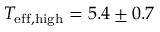
T _ { \mathrm { e f f , h i g h } } = 5 . 4 \pm 0 . 7